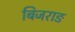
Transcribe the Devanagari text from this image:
बिजराङ